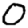
Digit: 0